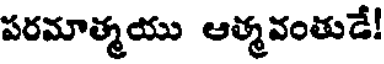
పరమాత్మయు ఆత్మవంతుడే!